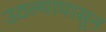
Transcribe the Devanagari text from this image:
उठल्यापासून